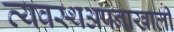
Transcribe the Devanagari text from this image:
व्यवस्थअपनाखाली